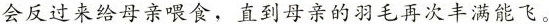
会反过来给母亲喂食，直到母亲的羽毛再次丰满能飞。